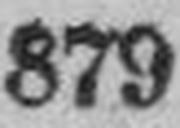
879